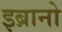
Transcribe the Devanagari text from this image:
इब्रानो